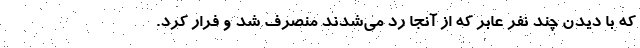
که با دیدن چند نفر عابر که از آنجا رد می‌شدند منصرف شد و فرار کرد.